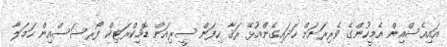
އައިއެސްއިން އެމީހުންގެ ވެރިރަށަށް ހަދައިގެންއުޅޭ ރަޤާ ހިފަން ސީރިއަން ޑޮމިކްރަޓިކް ފޯރސަސްއިން ހަމަލާ